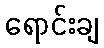
ရောင်းချ